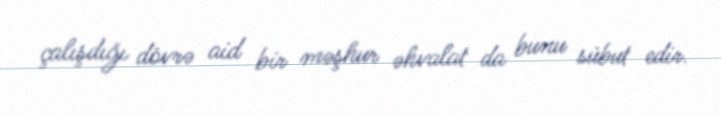
çalışdığı dövrə aid bir məşhur əhvalat da bunu sübut edir.